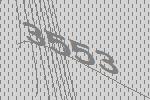
3553